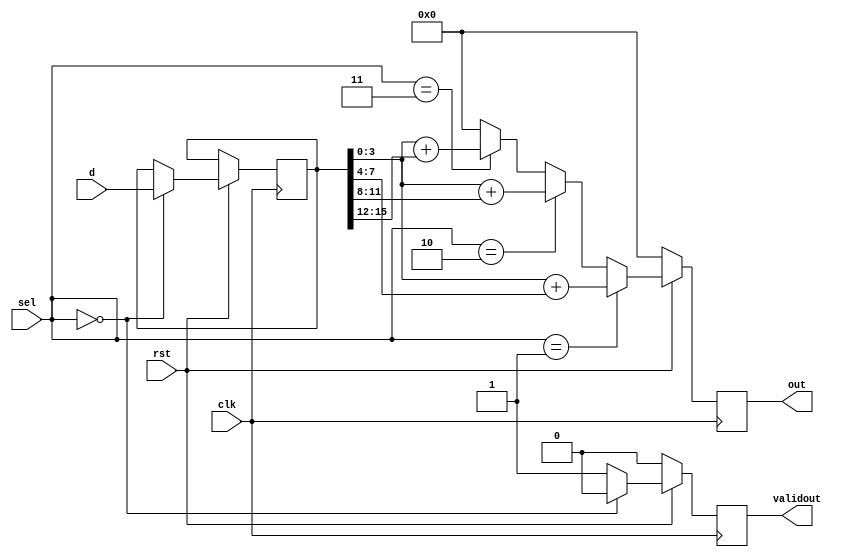
`timescale 1ns/1ns

module data_cal(
input clk,
input rst,
input [15:0]d,
input [1:0]sel,

output reg[4:0]out,
output reg validout
);
//*************code***********//
reg [15:0] valid_input;
initial begin   //
out=0;
validout=0;
end
always @(posedge clk)
begin
if(!rst)
validout<=0;
else if(sel==0)
begin
validout<=0;
valid_input<=d;
end
else
validout<=1;
end

always @(posedge clk)
begin
if(!rst)
out<=0;
else if(sel==1)
out<=valid_input[3:0]+valid_input[7:4];
else if(sel==2)
out<=valid_input[3:0]+valid_input[11:8];
else if(sel==3)
out<=valid_input[3:0]+valid_input[15:12];
else
out<=0;
end
//*************code***********//
endmodule


`timescale 1ns/1ns



module testbench();
	reg clk=0;
  reg rst=0;
  reg [15:0] d=0;
  reg [1:0]sel=0;
  wire [4:0] out;
  wire validout; 
	always #5 clk = ~clk;  // Create clock with period=10
// A testbench
  initial begin
  #10 rst=1;
  #5 d=16'b1000010000100001;
  #20 sel=2;
  d=16'b1000010000100011;
  #20 sel=1;
  #10 sel=0;
    
  #100 $finish;
  end
  data_cal shit(.clk(clk),.rst(rst),.d(d),.sel(sel),.out(out),.validout(validout));
//end    
  initial begin
    $dumpfile("out.vcd");
    // This will dump all signal, which may not be useful
    //$dumpvars;
    // dumping only this module
    //$dumpvars(1, testbench);
    // dumping only these variable
    // the first number (level) is actually useless
    $dumpvars(0, testbench);
end  
    
endmodule